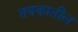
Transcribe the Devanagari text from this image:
तबकातील